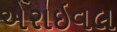
એરાઇવલ